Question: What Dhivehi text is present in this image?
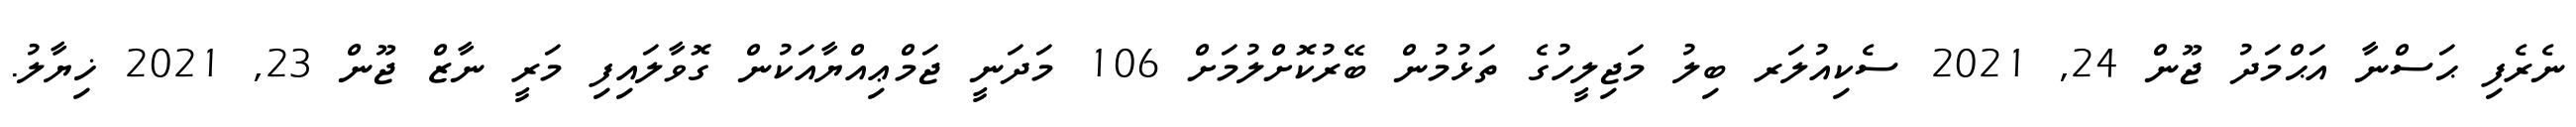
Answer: ނެރެފި ޙަސްނާ އަޙްމަދު ޖޫން 24, 2021 ސެކިއުލަރ ބިލު މަޖިލީހުގެ ތަޅުމުން ބޭރުކޮށްލުމަށް 106 މަދަނީ ޖަމްޢިއްޔާއަކުން ގޮވާލައިފި މަރީ ނާޒް ޖޫން 23, 2021 ޚިޔާލު.